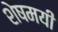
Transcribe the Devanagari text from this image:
शेषमयी